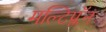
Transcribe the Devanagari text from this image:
मल्टिप्लॅन